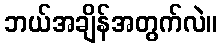
ဘယ်အချိန်အတွက်လဲ။